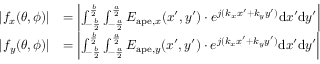
\begin{array} { r l } { | f _ { x } ( \theta , \phi ) | } & { = \left| \int _ { - \frac { b } { 2 } } ^ { \frac { b } { 2 } } \int _ { - \frac { a } { 2 } } ^ { \frac { a } { 2 } } E _ { \mathrm { a p e } , x } ( x ^ { \prime } , y ^ { \prime } ) \cdot e ^ { j ( k _ { x } x ^ { \prime } + k _ { y } y ^ { \prime } ) } \mathrm { d } x ^ { \prime } \mathrm { d } y ^ { \prime } \right| } \\ { | f _ { y } ( \theta , \phi ) | } & { = \left| \int _ { - \frac { b } { 2 } } ^ { \frac { b } { 2 } } \int _ { - \frac { a } { 2 } } ^ { \frac { a } { 2 } } E _ { \mathrm { a p e } , y } ( x ^ { \prime } , y ^ { \prime } ) \cdot e ^ { j ( k _ { x } x ^ { \prime } + k _ { y } y ^ { \prime } ) } \mathrm { d } x ^ { \prime } \mathrm { d } y ^ { \prime } \right| } \end{array}